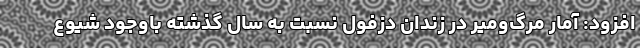
افزود: آمار مرگ‌ومیر در زندان دزفول نسبت به سال گذشته باوجود شیوع